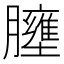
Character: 𱼤